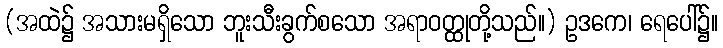
(အထဲ၌ အသားမရှိသော ဘူးသီးခွက်စသော အရာဝတ္ထုတို့သည်။) ဥဒကေ၊ ရေပေါ်၌။